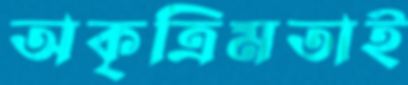
অকৃত্রিমতাই